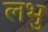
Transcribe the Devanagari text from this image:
लभु